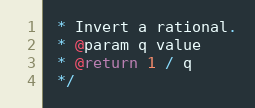
Language: C
 * Invert a rational.
 * @param q value
 * @return 1 / q
 */